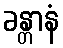
ခန္တာနံ